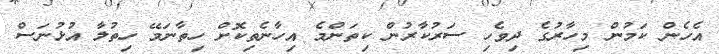
އެހެން ކަމުން މިހާރުގެ ދިވެހި ސަރުކާރުން ކިތަންމެ އިހާނެތިކޮށް ހިތާނަމޭ ހިތުލާ އުޅުނަސް